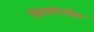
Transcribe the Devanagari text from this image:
चित्रसंस्थेत